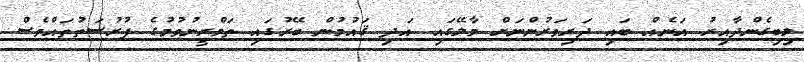
ލިބިގެންދާއިރު އަނެއް ބައި ދަރިވަރުންނަށް މާލޭގައި އަދި ޤައުމުން ބޭރުގައި ތަމްރީނުވުމުގެ ފުރުޞަތުތައްވެސް